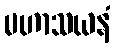
မဟာသယနံ